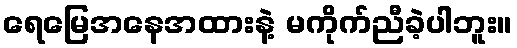
ရေမြေအနေအထားနဲ့ မကိုက်ညီခဲ့ပါဘူး။